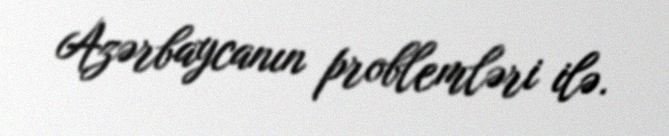
Azərbaycanın problemləri ilə.